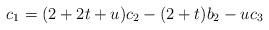
LaTeX: \begin{align*}& c_1=(2+2t+u)c_2-(2+t)b_2-uc_3\end{align*}